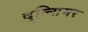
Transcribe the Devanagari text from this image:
दुल्सिमर